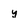
Character: y